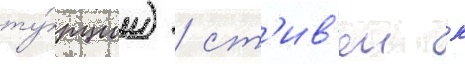
ту́рции) / ст'ив'ен к